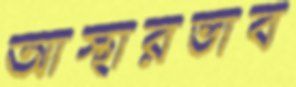
আস্থারভাব